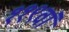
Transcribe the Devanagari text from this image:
११९वां